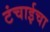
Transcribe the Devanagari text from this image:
टंचाईचा